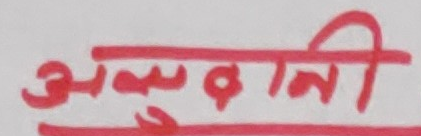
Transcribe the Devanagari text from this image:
अल्बानी